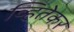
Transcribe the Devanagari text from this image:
व्हितेकर